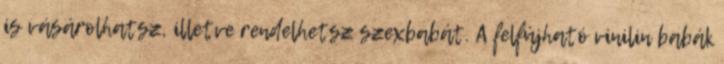
is vásárolhatsz, illetve rendelhetsz szexbabát. A felfújható vinilin babák